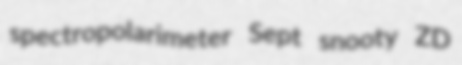
spectropolarimeter Sept snooty ZD